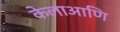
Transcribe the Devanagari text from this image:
केलाआणि